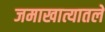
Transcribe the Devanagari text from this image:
जमाखात्यातले